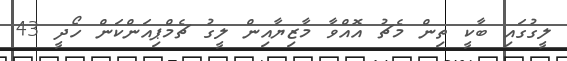
ލީގުގައި ބާކީ ތިން މެޗު އޮއްވާ މާޒިޔާއިން ލީގު ޗެމްޕިއަންކަން ހޯދީ 43